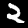
Digit: 2